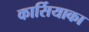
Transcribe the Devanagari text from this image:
कार्सियाका